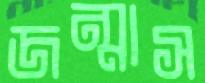
জন্মাস